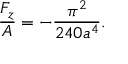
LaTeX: \frac { F _ { z } } { A } = - \frac { \pi ^ { 2 } } { 2 4 0 a ^ { 4 } } .